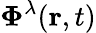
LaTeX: \boldsymbol{\Phi}^{\lambda}(\mathbf{r},t)